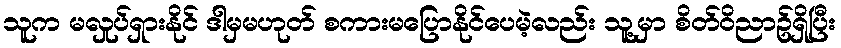
သူက မလှုပ်ရှားနိုင် ဒါမှမဟုတ် စကားမပြောနိုင်ပေမဲ့လည်း သူ့မှာ စိတ်ဝိညာဥ်ရှိပြီး